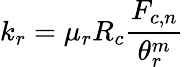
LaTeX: k_{r}=\mu_{r}R_{c}\frac{F_{c,n}}{\theta_{r}^{m}}